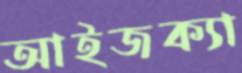
আইজক্যা